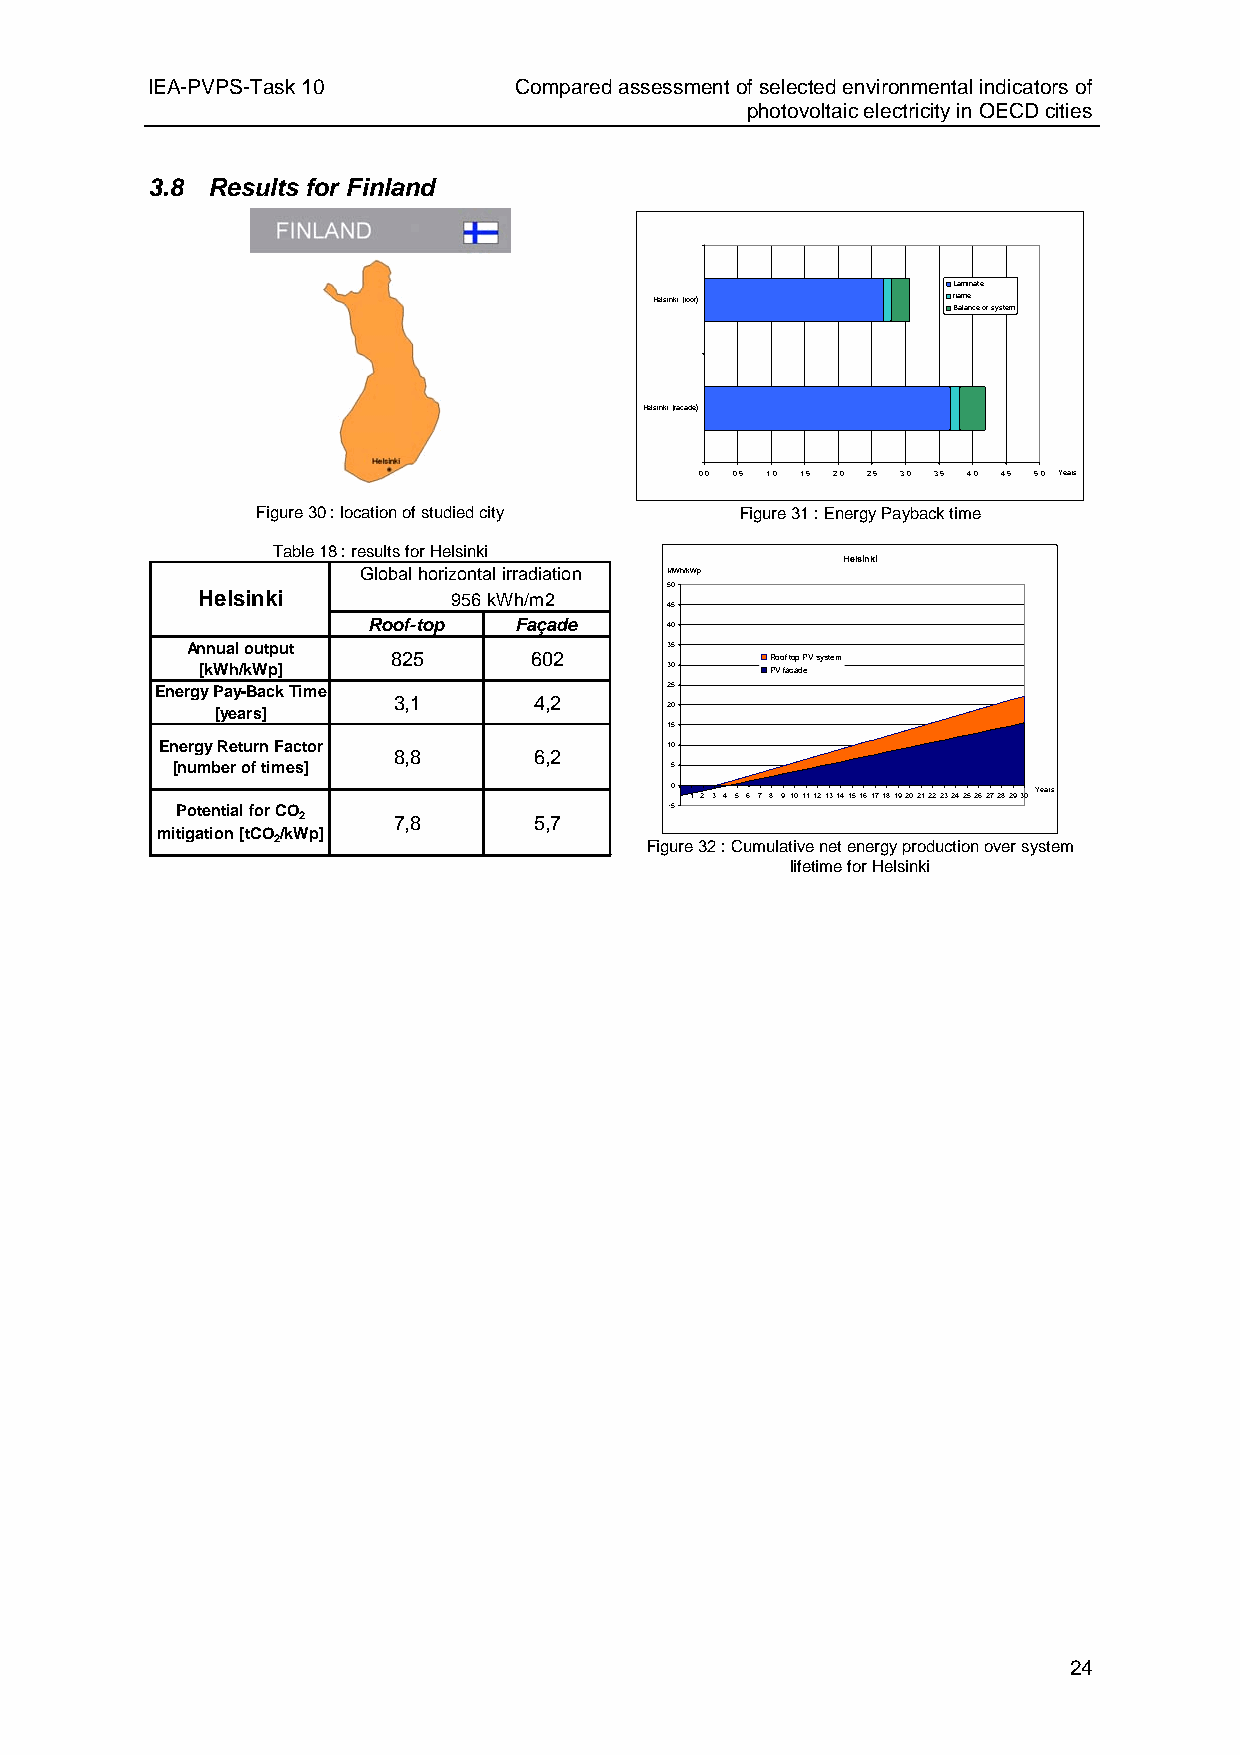
IEA-PVPS-Task 10        Compared assessment of selected environmental indicators of
 photovoltaic electricity in OECD cities
 3.8 Results for Finland
 Laminate
 Helsinki (roof)     frame
 Balance of system
 Helsinki (facade)
 0,0 0,5 1,0 1,5 2,0 2,5 3,0 3,5 4,0 4,5 5,0 Years
 Figure 30 : location of studied city Figure 31 : Energy Payback time
 Table 18 : results for Helsinki
 Helsinki
 Global horizontal irradiation MWh/kWp
 50
 Helsinki         956kWh/m2
 45
 Roof-top  Façade    40
 Annual output                   35
 825      602             Roof top PV system
 [kWh/kWp]                      30     PV facade
 Energy Pay-Back Time              25
 3,1      4,2
 [years]                       20
 15
 Energy Return Factor             10
 8,8      6,2
 [number of times]                5
 0 1 2 3 4 5 6 7 8 9101112131415161718192021222324252627282930 Years
 Potential for CO                -5
 2     7,8      5,7
 mitigation [tCO/kWp]
 2                        Figure 32 : Cumulative net energy production over system
 lifetime for Helsinki
 24